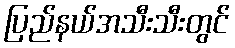
ပြည်နယ်အသီးသီးတွင်